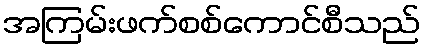
အကြမ်းဖက်စစ်ကောင်စီသည်